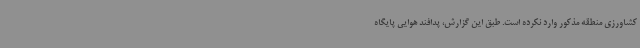
کشاورزی منطقه مذکور وارد نکرده است. طبق این گزارش، پدافند هوایی پایگاه